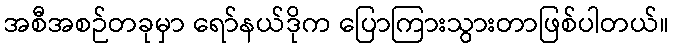
အစီအစဉ်တခုမှာ ရော်နယ်ဒိုက ပြောကြားသွားတာဖြစ်ပါတယ်။